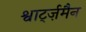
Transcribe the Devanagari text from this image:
श्वार्ट्ज़मैन